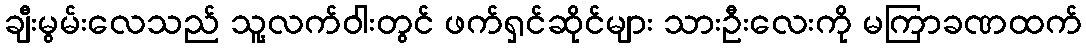
ချီးမွမ်းလေသည် သူ့လက်ဝါးတွင် ဖက်ရှင်ဆိုင်များ သားဦးလေးကို မကြာခဏထက်